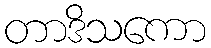
တာဒိသကော